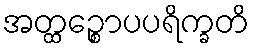
အတ္ထဉ္စောပပရိက္ခတိ